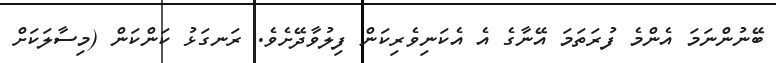
ބޭނުންނަމަ އެންމެ ފުރަތަމަ އޭނާގެ އެ އެކަނިވެރިކަން ފިލުވާދޭށެވެ. ރަނގަޅު ކަންކަން (މިސާލަކަށް